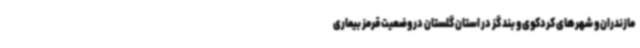
مازندران و شهرهای کردکوی و بند گز در استان گلستان در وضعیت قرمز بیماری